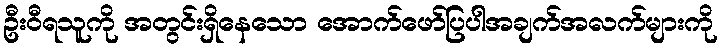
ဦးဝီရသူကို အတွင်းရှိနေသော အောက်ဖော်ပြပါအချက်အလက်များကို